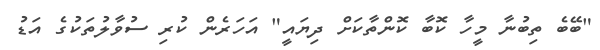
"ބޭބެ ތިބުނާ މީހާ ކޮބާ ކޮންތާކަށް ދިޔައީ" އަހަރެން ކުރި ސުވާލުތަކުގެ އަޑު